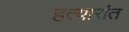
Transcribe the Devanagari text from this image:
हत्यारांत